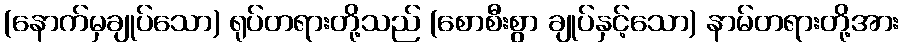
(နောက်မှချုပ်သော) ရုပ်တရားတို့သည် (စောစီးစွာ ချုပ်နှင့်သော) နာမ်တရားတို့အား